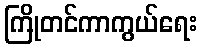
ကြိုတင်ကာကွယ်ရေး